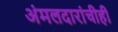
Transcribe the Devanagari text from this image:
अंमलदारांचीही